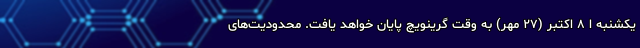
یکشنبه ا ۸ اکتبر (۲۷ مهر) به وقت گرینویچ پایان خواهد یافت. محدودیت‌های